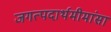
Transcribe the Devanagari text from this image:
जगत्पदार्थमीमांसा